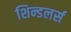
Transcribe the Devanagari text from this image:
शिन्डलर्स